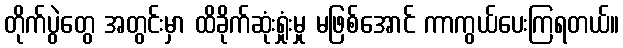
တိုက်ပွဲတွေ အတွင်းမှာ ထိခိုက်ဆုံးရှုံးမှု မဖြစ်အောင် ကာကွယ်ပေးကြရတယ်။